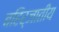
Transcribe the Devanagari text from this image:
बहिर्जातीय